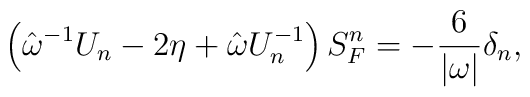
\left( \hat{\omega}^{-1}U_n-2\eta +\hat{\omega}U_n^{-1}\right) S_F^n=-\frac6{|\omega |}\delta _n,